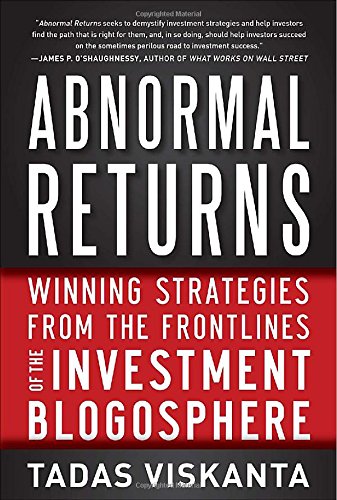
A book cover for Abnormal Returns: Winning Strategies from the Frontlines of the Investment Blogosphere; Tadas Viskanta; Business & Money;